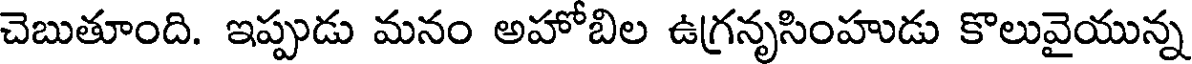
చెబుతూంది. ఇప్పుడు మనం అహోబిల ఉగ్రనృసింహుడు కొలువైయున్న